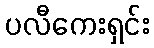
ပလီကေးရှင်း